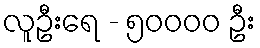
လူဦးရေ - ၅၀၀၀၀ ဦး